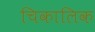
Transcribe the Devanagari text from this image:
चिकालिक